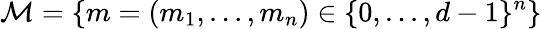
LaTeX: \mathcal{M}=\{ m=(m_{1},...,m_{n})\in\{ 0,...,d-1\} ^{n}\}